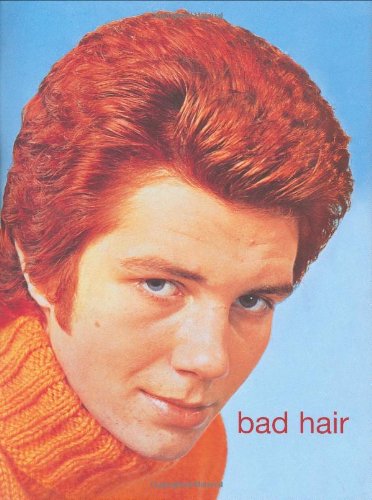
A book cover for Bad Hair; James Innes-Smith; Health, Fitness & Dieting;